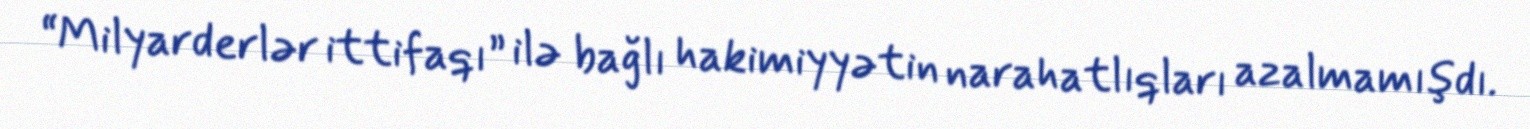
“Milyarderlər ittifaqı” ilə bağlı hakimiyyətin narahatlıqları azalmamışdı.